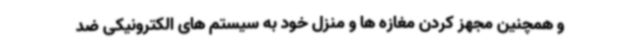
و همچنین مجهز کردن مغازه ها و منزل خود به سیستم های الکترونیکی ضد